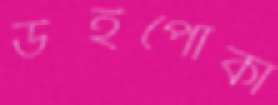
উইপোকা